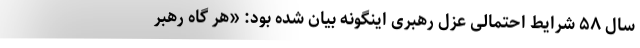
سال ۵۸ شرایط احتمالی عزل رهبری اینگونه بیان شده بود: «هر گاه رهبر